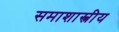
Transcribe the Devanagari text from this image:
समाशास्त्रीय